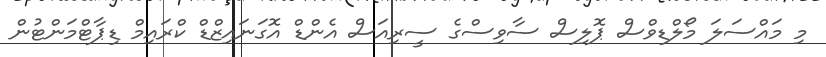
މި މައްސަލަ މޯލްޑިވްސް ޕޮލިސް ސާވިސްގެ ސީރިއަސް އެންޑް އޮގަނައިޒްޑް ކްރައިމް ޑިޕާޓްމަންޓުން